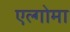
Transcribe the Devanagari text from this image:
एल्गोमा